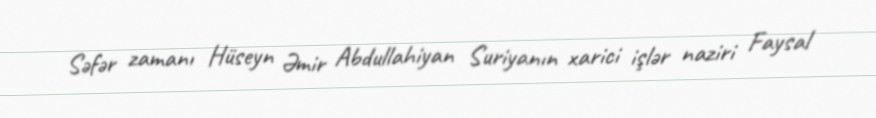
Səfər zamanı Hüseyn Əmir Abdullahiyan Suriyanın xarici işlər naziri Faysal